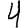
Digit: 4